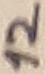
Text: 12